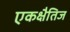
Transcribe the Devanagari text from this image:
एकक्षैतिज